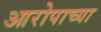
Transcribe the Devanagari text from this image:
आरोपाच्या